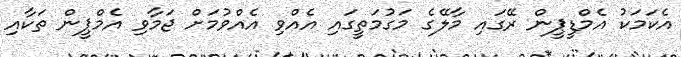
އެކަމަކު އެމްޑީޕީން ރޭގައި މާލޭގެ މަގުމަތީގައި އެއްވި އެއްވުމަށް ޖަމާވި އެމްޕީން ތަކާއި